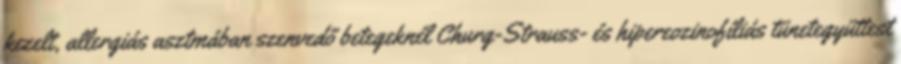
kezelt, allergiás asztmában szenvedő betegeknél Churg-Strauss- és hipereozinofíliás tünetegyüttest